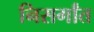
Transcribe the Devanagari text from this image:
निसर्गांत